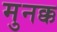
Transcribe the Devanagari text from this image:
मुनक्क